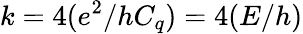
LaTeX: k=4(e^{2}/hC_{q})=4(E/h)